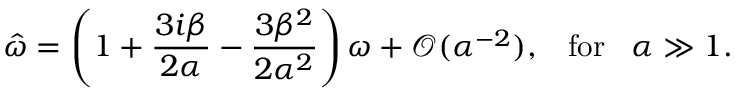
\hat { \omega } = \left( 1 + \frac { 3 i \beta } { 2 \alpha } - \frac { 3 \beta ^ { 2 } } { 2 \alpha ^ { 2 } } \right) \omega + \mathcal O ( \alpha ^ { - 2 } ) , \; \; \; \mathrm { f o r } \; \; \; \alpha \gg 1 .